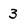
Character: 3